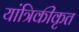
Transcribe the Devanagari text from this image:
यांत्रिकीकृत